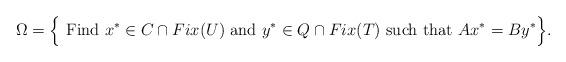
LaTeX: \begin{align*}\Omega=\Big\{{\rm~Find~} x^{*}\in C\cap Fix(U) {\rm~and~} y^{*}\in Q\cap Fix(T) {\rm~such~ that~} Ax^{*}=By^{*}\Big\}.\end{align*}